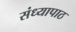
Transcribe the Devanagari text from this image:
संध्यापाठ